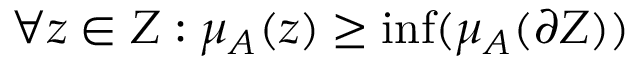
\forall z \in Z : \mu _ { A } ( z ) \geq \operatorname* { i n f } ( \mu _ { A } ( \partial { Z } ) )